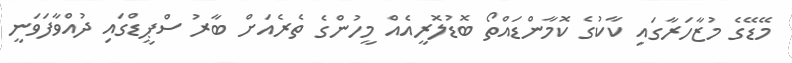
މޭޑޭގެ މުޒާހަރާގައި ކާކުގެ ކޮމާންޑައްތޯ ބޮޑުލޮރީއެއް މީހުންގެ ތެރެއަށް ބާރު ސްޕީޑްގައި ދުއްވާފަވަނީ